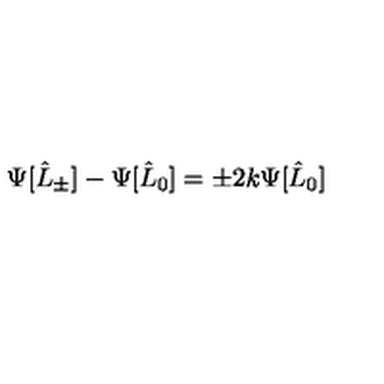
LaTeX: \Psi [ \hat { L } _ { \pm } ] - \Psi [ \hat { L } _ { 0 } ] = \pm 2 k \Psi [ \hat { L } _ { 0 } ]